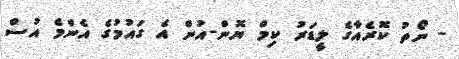
- ނޯތު ކޮރެއާގެ ލީޑަރު ކިމް ޔޮން-އުން އެ ގައުމުގެ އެންމެ އުސް